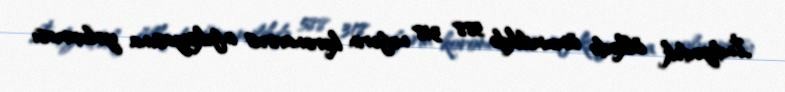
İndiyədək ölkədə ümumilikdə 588 318 nəfərin koronavirus infeksiyasına yoluxması